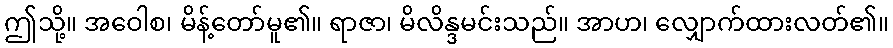
ဤသို့။ အဝေါစ၊ မိန့်တော်မူ၏။ ရာဇာ၊ မိလိန္ဒမင်းသည်။ အာဟ၊ လျှောက်ထားလတ်၏။